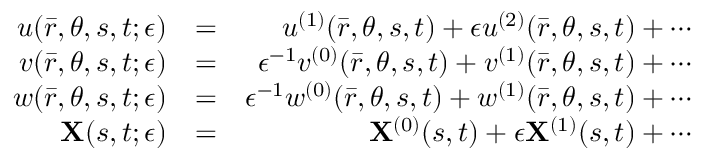
\begin{array} { r l r } { u ( \bar { r } , \theta , s , t ; \epsilon ) } & { = } & { u ^ { ( 1 ) } ( \bar { r } , \theta , s , t ) + \epsilon u ^ { ( 2 ) } ( \bar { r } , \theta , s , t ) + \cdots } \\ { v ( \bar { r } , \theta , s , t ; \epsilon ) } & { = } & { \epsilon ^ { - 1 } v ^ { ( 0 ) } ( \bar { r } , \theta , s , t ) + v ^ { ( 1 ) } ( \bar { r } , \theta , s , t ) + \cdots } \\ { w ( \bar { r } , \theta , s , t ; \epsilon ) } & { = } & { \epsilon ^ { - 1 } w ^ { ( 0 ) } ( \bar { r } , \theta , s , t ) + w ^ { ( 1 ) } ( \bar { r } , \theta , s , t ) + \cdots } \\ { \mathbf { X } ( s , t ; \epsilon ) } & { = } & { \mathbf { X } ^ { ( 0 ) } ( s , t ) + \epsilon \mathbf { X } ^ { ( 1 ) } ( s , t ) + \cdots } \end{array}